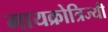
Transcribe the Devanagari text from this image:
मायक्रोत्रिज्यी